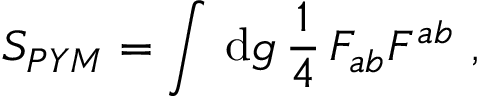
{ \cal S } _ { P Y M } = \int \, \mathrm { d } g \, \frac { 1 } { 4 } \, F _ { a b } F ^ { a b } ~ ,